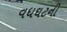
વધઘટની